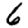
Digit: 6